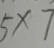
5 \times 7